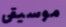
موسيقى